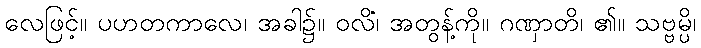
လေဖြင့်။ ပဟတကာလေ၊ အခါ၌။ ဝလိံ၊ အတွန့်ကို။ ဂဏှာတိ၊ ၏။ သဗ္ဗမ္ပိ၊